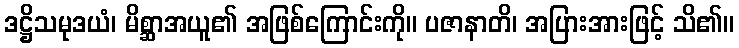
ဒဋ္ဌိသမုဒယံ၊ မိစ္ဆာအယူ၏ အဖြစ်ကြောင်းကို။ ပဇာနာတိ၊ အပြားအားဖြင့် သိ၏။